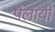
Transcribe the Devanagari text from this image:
पैलायी